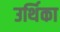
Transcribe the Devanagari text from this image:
उर्थिका